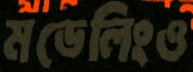
মডেলিংও